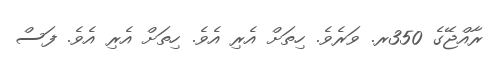
ރާއްޖޭގެ 350ރ. ވަރެވެ. ހިތަށް އެރި އެވެ. ހިތަށް އެރި އެވެ. ފަސް